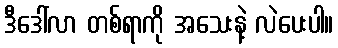
ဒီဒေါ်လာ တစ်ရာကို အသေးနဲ့ လဲပေးပါ။